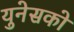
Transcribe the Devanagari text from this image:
युनेसको